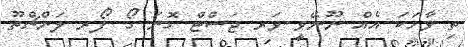
ތި ވާހަކަ އެއް ނޫނޭވީ ވަރ ޖަސްޓް ގޮނަ ގޯ ފޯރ ލަންޗްތޫ